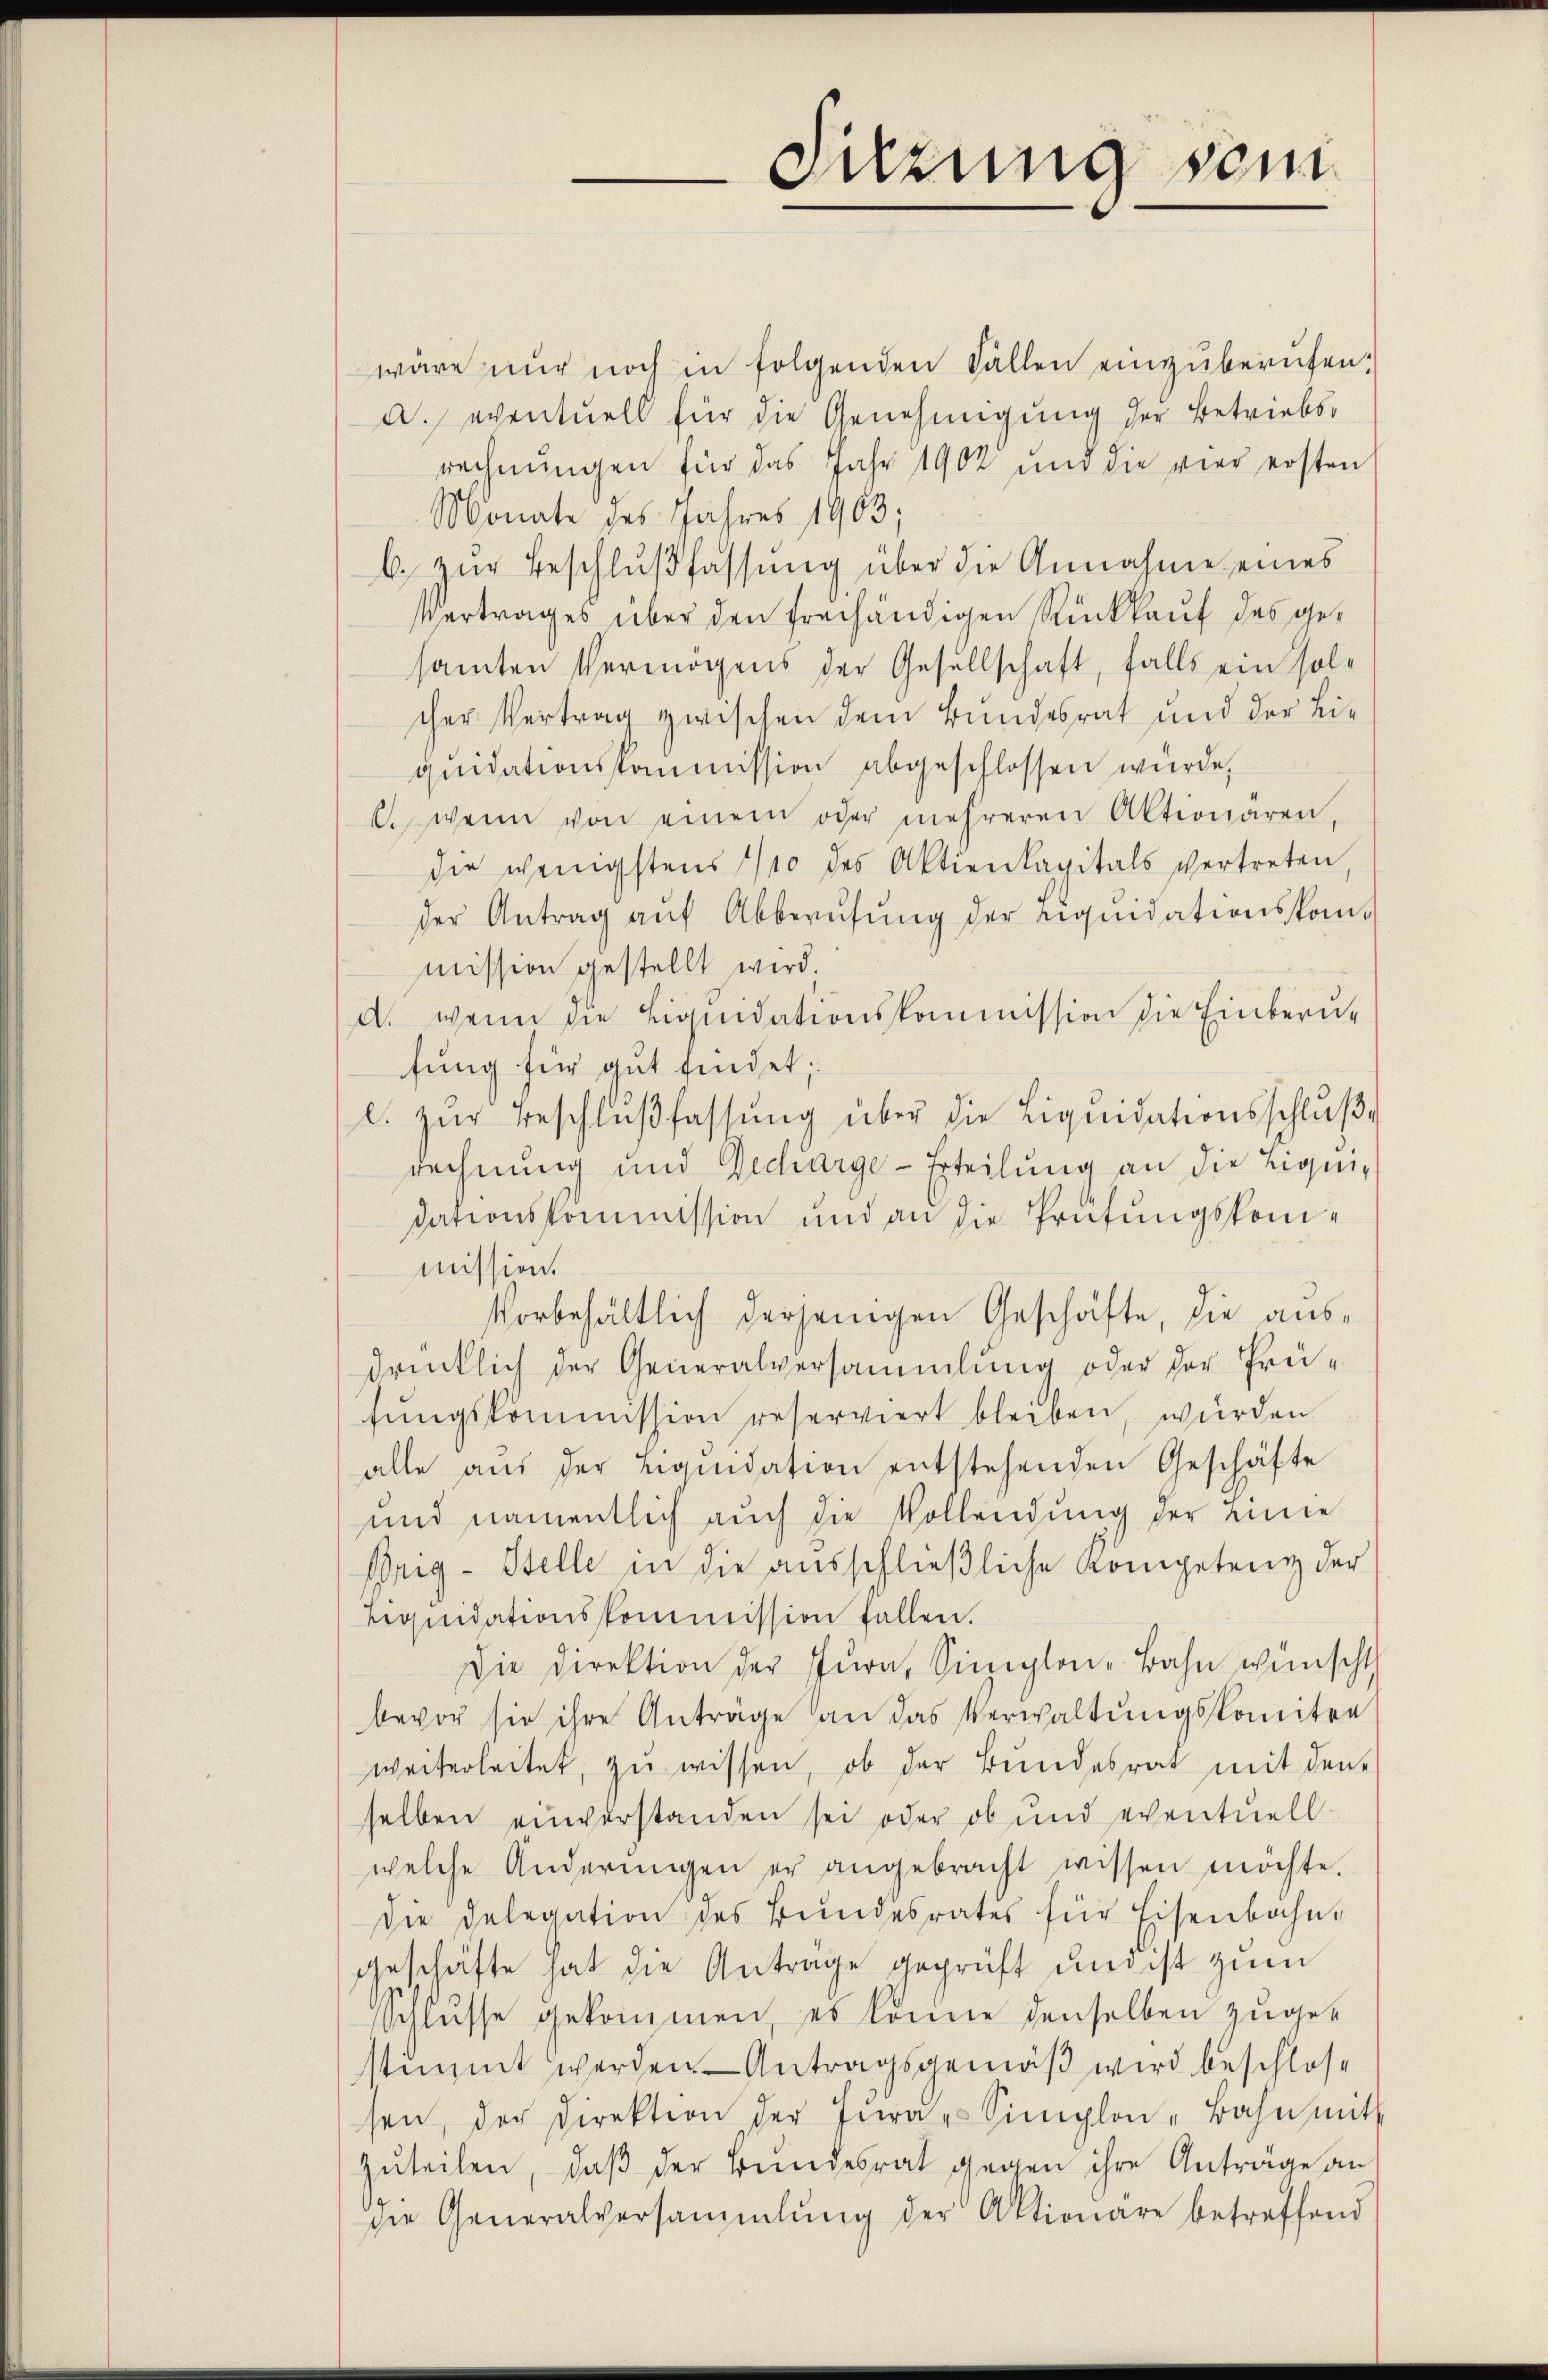
Sitzung sein

wäre nur noch in folgenden Fällen einzŭberŭfen:
a. eventuell für die Genehmigung der Betriebsrechnungen für das Jahr 1902 und die vier ersten
Monate des Jahres 1903;
b. zŭr Beschlŭβfassŭng über die Annahme eines
Vertrages über den freihändigen Rückkauf des gesamten Vermögens der Gesellschaft, falls ein solcher Vertrag zwischen dem Bundesrat und der Liquidationskommission abgeschlossen wurde,
c. wenn von einem oder mehreren Aktionären,
die wenigstens 1/10 des Aktienkapitals vertreten
der Antrag aŭf Abberŭfŭng der Liqŭidationskom-
mission gestellt wird.
d. wenn die Liquidationskommission die Einberufung für gut findet;
l. zŭr Beschlŭβ fassŭng über die Liqŭidationsschlŭβ
Rechnung und Decharge-Erteilung an die Liquidationskommission und an die Prüfungskommission.
Vorbehältlich derjenigen Geschäfte, die ausdrücklich der Generalversammlung oder der Prüfungskommission reserviert bleiben, wurden
alle aŭs der Liqŭidation entstehenden Geschäfte
und namentlich auch die Vollendung der eine
ßrig- Stelle in die ausschlieβliche Kompetenz der
Liquidationskommission fallen.
Die Direktion der Jura, Simplon-Bahn wünscht
bevor sie ihre Anträge an das Verwaltungskomiten
weiterleitet, zu wissen, ob der Bundesrat mit den
selben einverstanden sei oder ob und eventuell-
welche Änderŭngen er angebracht wissen möchte.
die Delegation des Bundesrates für Eisenbahn-
Geschäfte hat die Antrage geprüft und ist zum
Schlusse gekommen, es könne denselben zugestimmt werden Antragsgemäß wird beschlossen, der Direktion der Frau Simplon-Bahn mit
zŭteilen, daβ der Bundesrat gegen ihre Anträge an
sie Generalversammlung der Aktionare betreffend